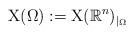
LaTeX: \begin{align*} \mathrm{X}(\Omega):= \mathrm{X}(\mathbb{R}^n)_{|_{\Omega}}\end{align*}